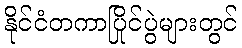
နိုင်ငံတကာပြိုင်ပွဲများတွင်